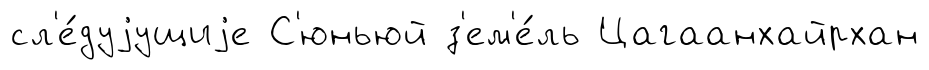
сл'е́дуjущиjе С'юньюй з'ем'е́ль Цагаанхайрхан